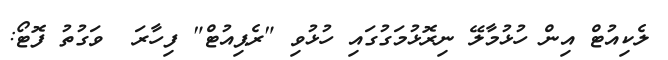
ލެކިއުޓް އިން ހުޅުމާލޭ ނިރޮޅުމަގުގައި ހުޅުވި "ރެޕިއުޓް" ފިހާރަ  ވަގުތު ފޮޓޯ: